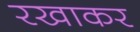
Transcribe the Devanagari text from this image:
रखाकर